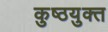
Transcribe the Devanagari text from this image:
कुष्ठयुक्त